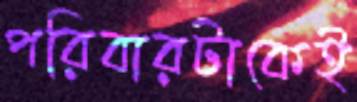
পরিবারটাকেই